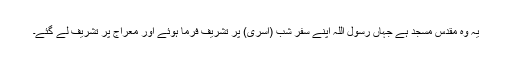
یہ وہ مقدس مسجد ہے جہاں رسول اللہؐ اپنے سفر شب (اسریٰ) پر تشریف فرما ہوئے اور معراج پر تشریف لے گئے۔